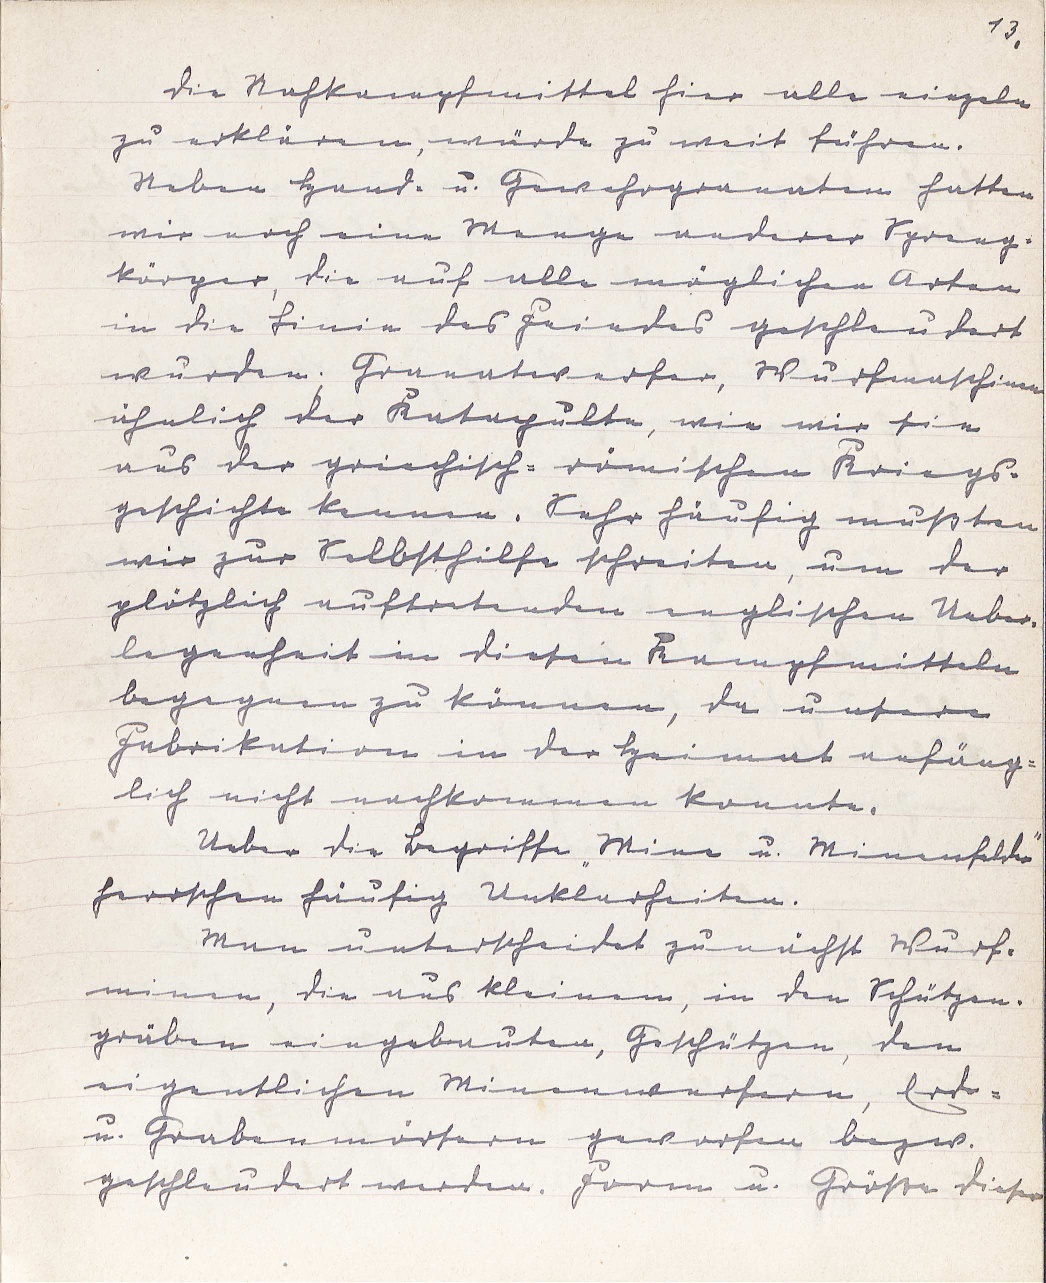
13.
Die Nahkampfmittel hier alle einzeln
zu erklären, würde zu weit führen.
Neben Hand- u. Gewehrgranaten hatten
wir noch eine Menge vorderer Spreng¬
körper, die auf alle möglichen Arten
in die Linie des Feindes geschleudert
wurden. Granatwerfer,Wurfmaschinen
ähnlich der Katapulte, wie wir sie
aus der griechisch-römischen Kriegs¬
geschichte kennen. Sehr häufig mußten
wir zur Selbsthilfe schreiten, um der
plötzlich auftretenden englischen Ueber¬
legenheit in diesen Kampfmitteln
begegnen zu können, da unsere
Fabrikation in der Heimat anfäng¬
lich nicht nachkommen konnte.
Ueber die Begriffe "Mine u. Minenfelder"
herrschen häufig Unklarheiten.
Man unterscheidet zunächst Wurf¬
minen, die aus kleinen, in den Schützen¬
gräben eingebauten, Geschützen, den
eigentlichen Minenwerfern, Erd-
u. Grabenmörsern geworfen bezw.
geschleudert werden. Form u. Größe dieser